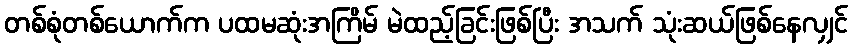
တစ်စုံတစ်ယောက်က ပထမဆုံးအကြိမ် မဲထည့်ခြင်းဖြစ်ပြီး အသက် သုံးဆယ်ဖြစ်နေလျှင်